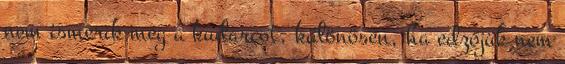
nem ismerik meg a kudarcot, különösen, ha edzőjük nem